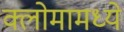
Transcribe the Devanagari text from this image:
क्लोमामध्ये